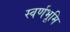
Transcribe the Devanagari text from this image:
स्वर्णभूमि